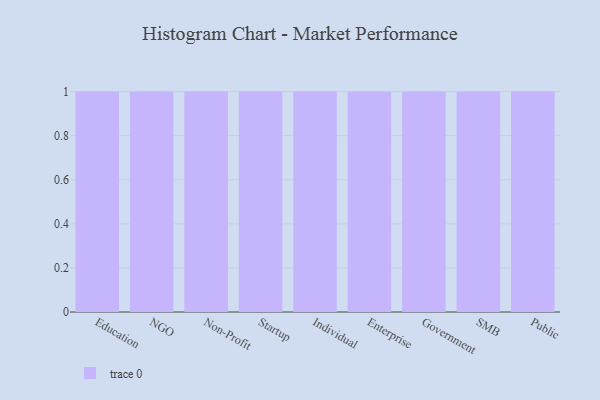
{"axis": {"x": "Segment", "y": "Population (Million)"}, "legend": [""], "data": [{"x": "Education", "y": 92, "type": ""}, {"x": "NGO", "y": 66, "type": ""}, {"x": "Non-Profit", "y": 14, "type": ""}, {"x": "Startup", "y": 20, "type": ""}, {"x": "Individual", "y": 71, "type": ""}, {"x": "Enterprise", "y": 9, "type": ""}, {"x": "Government", "y": 83, "type": ""}, {"x": "SMB", "y": 89, "type": ""}, {"x": "Public", "y": 13, "type": ""}]}